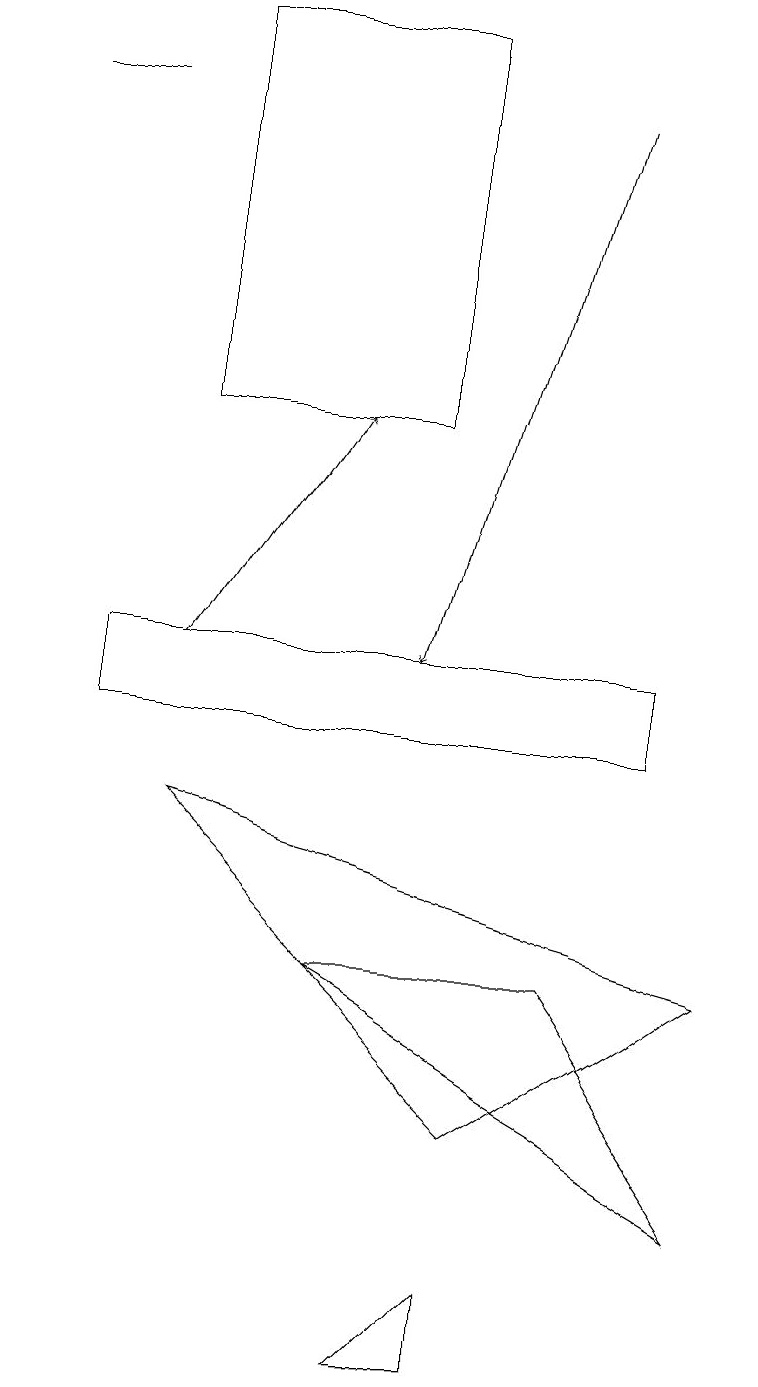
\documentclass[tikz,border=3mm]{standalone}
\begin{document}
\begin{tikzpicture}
\draw (2,14) rectangle (5,19);
\draw[->] (2,11) -- (4,14);
\draw (5,2) -- (6,3) -- (6,2) -- cycle;
\draw (1,18) rectangle (0,18);
\draw (9,4) -- (7,7) -- (4,7) -- cycle;
\draw (1,10) rectangle (8,11);
\draw (2,9) -- (9,7) -- (6,5) -- cycle;
\draw[->] (7,18) -- (5,11);
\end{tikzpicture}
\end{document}